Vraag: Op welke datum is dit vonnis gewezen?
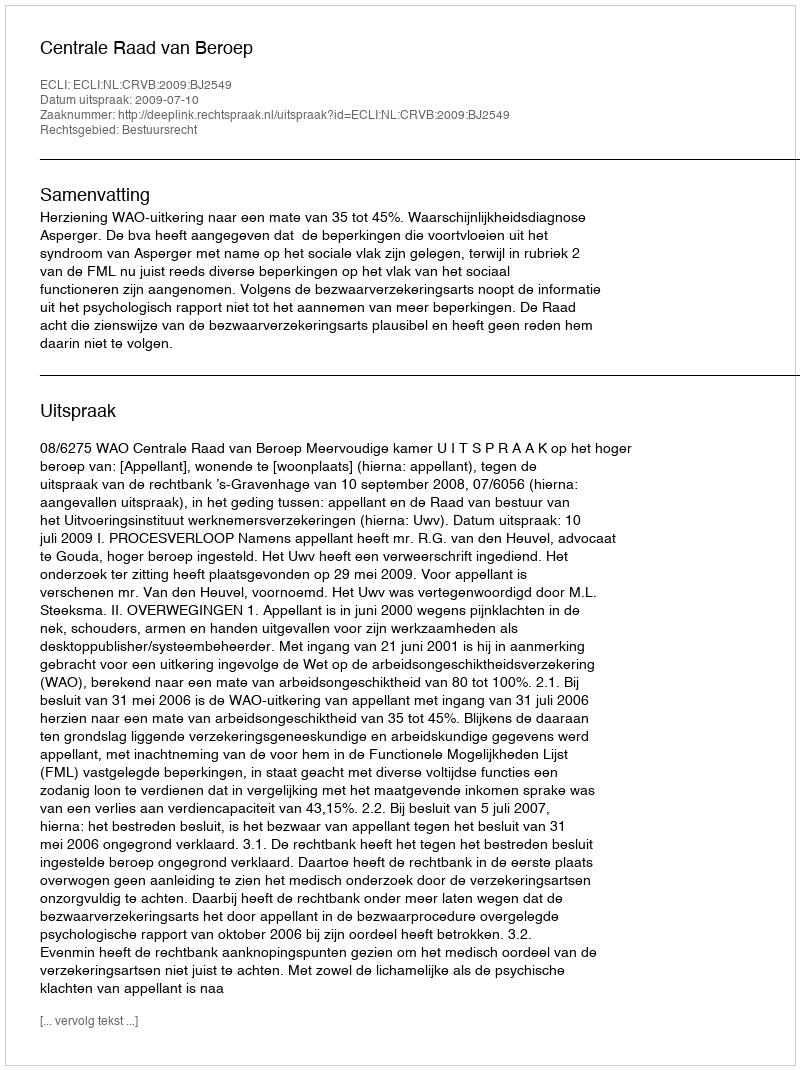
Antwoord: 2009-07-10